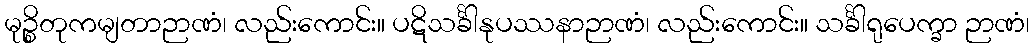
မုဉ္စိတုကမျတာဉာဏံ၊ လည်းကောင်း။ ပဋိသင်္ခါနုပဿနာဉာဏံ၊ လည်းကောင်း။ သင်္ခါရုပေက္ခာ ဉာဏံ၊